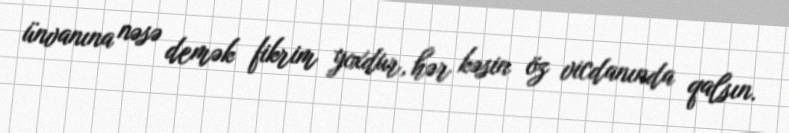
ünvanına nəsə demək fikrim yoxdur, hər kəsin öz vicdanında qalsın.